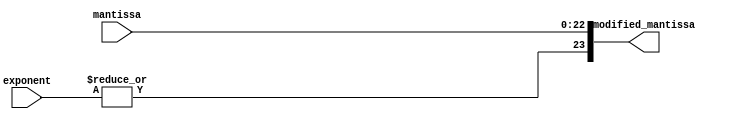
module Man_mod(input [7:0]exponent, input [22:0]mantissa, output [23:0]modified_mantissa); //calculates the modified mantissa with the hidden 1
	assign modified_mantissa = {|exponent, mantissa};
endmodule